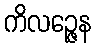
ကိလဉ္ဇေန